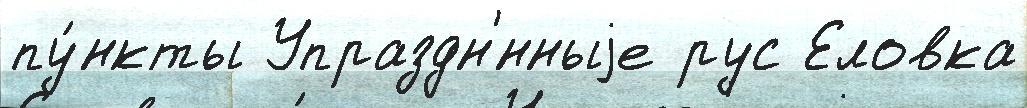
пу́нкты Упраздн'́нныjе рус Еловка